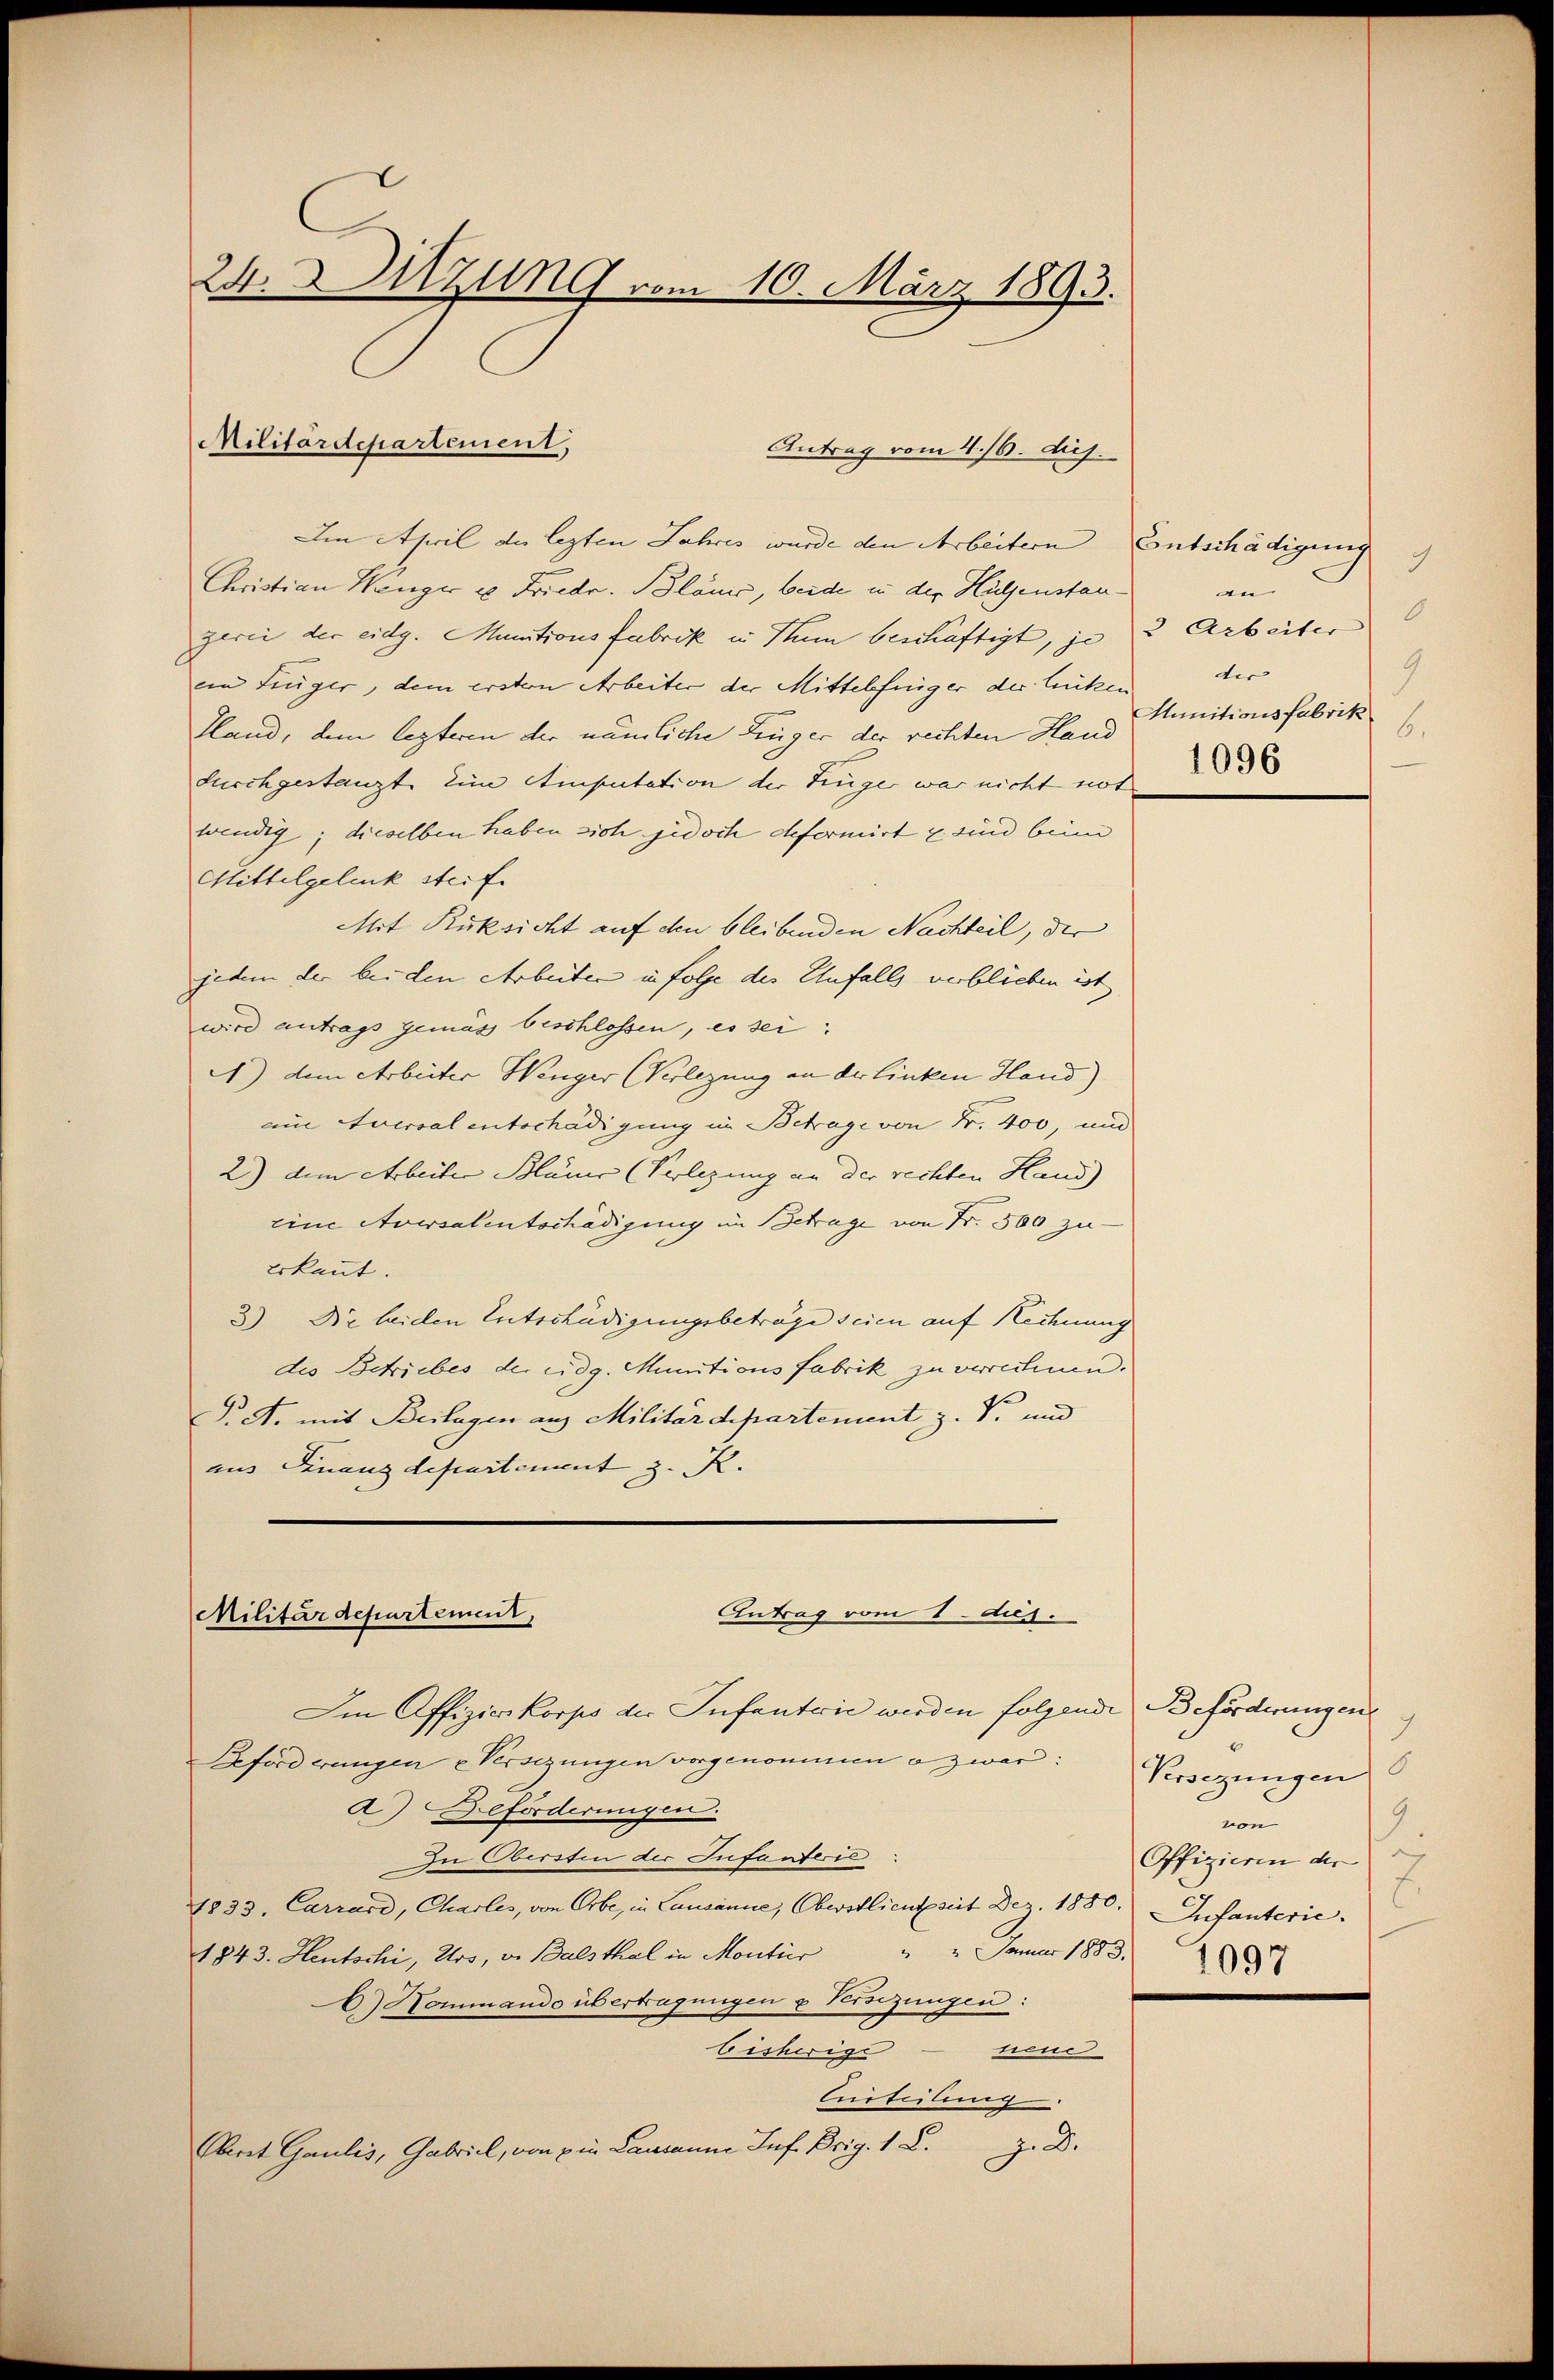
24. Sitzung vom 10. März 1893.

Militärdepartement,
Antrag vom 4. 16. diej

Im April des lezten Jahres wurde den Arbeitern Entschädigung
Christian Wenger u Friedr. Bläme, beide in der Hülfenstangerei der eidg. Munitionsfabrik in Rum beschäftigt, je 3 Arbeiter
ein früger, dem erster Arbeiter der Mittelfinger der linken der
Sland, dem lezteren der nämliche Finger der rechten Hand
durchgestanzt im Amputation der Züge war nicht not
wendig; dieselben haben sich jedoch deformirt u. sind beim
Mittelgelenk steife
Mit Rüksicht auf den bleibenden Nachteil, der
jedem der bei den Arbeiten in folge des Unfalls verblieben ist,
wird antrags gemäss beschlossen, es sei;
2) dem Arbeiter Wenger (Verlegung an der linken Hand) |
am Aversal unterhädigung im Betrage von Fr. 400, und
2.) dem Arbeiter Blauer (Verlegung an der rechten Hand)
eine Aversalentschädigung im Betrage von N. 500 zu
Erkannt.
3) Die leiden Entschädigungsbeträge seien auf Rechnung
des Betriebes der eidg. Munitions Fabrik zu verrechnen.
P. M. mit Beilagen aus Militärdepartement z. S. und
aus Finanzdepartement z. R. |

Antrag vom 8. Aug.
Militärdepartement,

Ien Offizierkorps der Infanterie werden folgende Beförderungen
Beforderungen Versizungen vorgenommen o zwar:
a) Beförderungen.
Zu Obersten der Infanteris
1833. Carrard, Charles, von Erbe, in Lausanne, Oberstlichkeit Dez. 1886. Infanterie.
 2 Januar 1883.
1843. Heutschi, Urs, v. Balsthal in Moutier
C) Hommando übertragungen u Versezungen:
tiene
bisherige
Citeilung
J. D.
Oberat Gaulis, Gabriel, von ein Lausanne Inf. Brig. 1 L.

d
an
9.
Munitionsfabrik
6.
1096

7
Versezungen
9
und
auch |
Offizieren der
1097